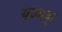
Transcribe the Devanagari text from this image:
यज्मक्